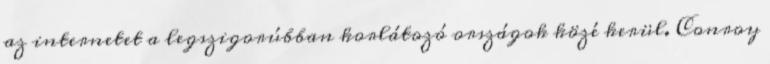
az internetet a legszigorúbban korlátozó országok közé kerül. Conroy